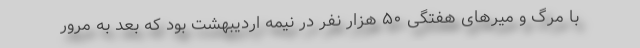
با مرگ و میرهای هفتگی ۵۰ هزار نفر در نیمه اردیبهشت بود که بعد به مرور